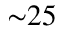
{ \sim } 2 5